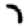
Digit: 7